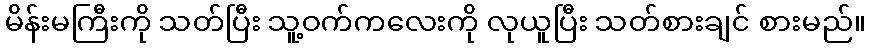
မိန်းမကြီးကို သတ်ပြီး သူ့ဝက်ကလေးကို လုယူပြီး သတ်စားချင် စားမည်။